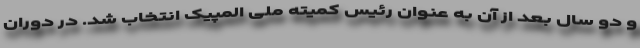
و دو سال بعد از آن به عنوان رئیس کمیته ملی المپیک انتخاب شد. در دوران